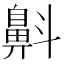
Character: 𪖘